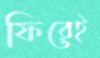
ফিরেই